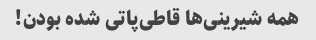
همه شیرینی‌ها قاطی‌پاتی شده بودن!